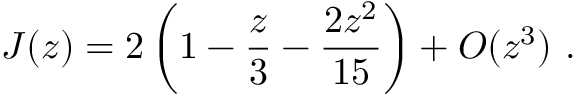
J ( z ) = 2 \left( 1 - \frac { z } { 3 } - \frac { 2 z ^ { 2 } } { 1 5 } \right) + { \cal O } ( z ^ { 3 } ) \ .